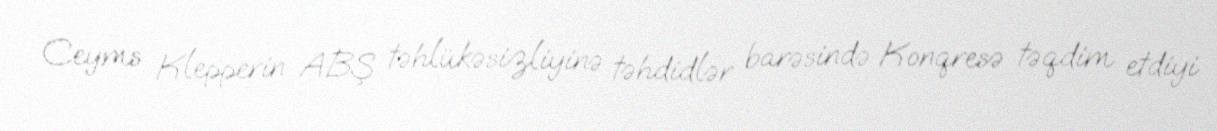
Ceyms Klepperin ABŞ təhlükəsizliyinə təhdidlər barəsində Konqresə təqdim etdiyi